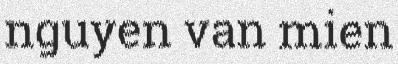
nguyen van mien